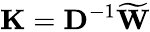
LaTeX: \textbf{K}=\textbf{D}^{-1}\widetilde{\textbf{W}}